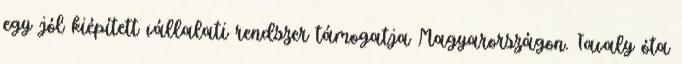
egy jól kiépített vállalati rendszer támogatja Magyarországon. Tavaly óta